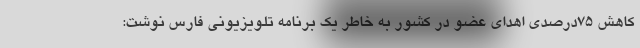
کاهش ۷۵درصدی اهدای عضو در کشور به خاطر یک برنامه تلویزیونی فارس نوشت: